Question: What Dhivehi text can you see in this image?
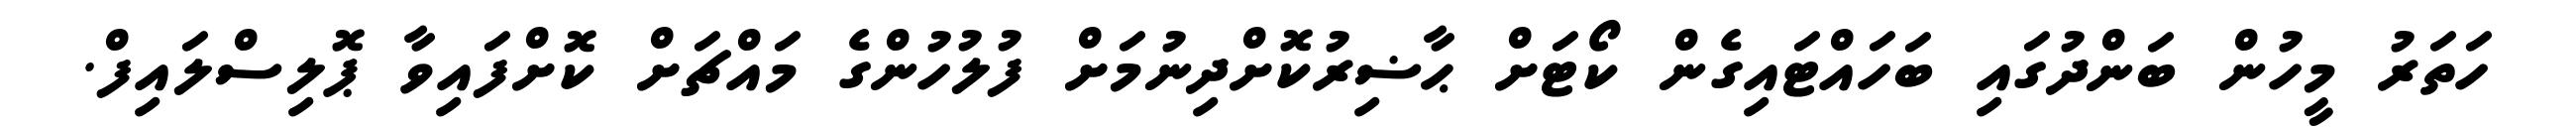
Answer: ހަތަރު މީހުން ބަންދުގައި ބަހައްޓައިގެން ކޯޓަށް ޙާޟިރުކޮށްދިނުމަށް ފުލުހުންގެ މައްޗަށް ކޮށްފައިވާ ޕޮލިސްލައިފް.